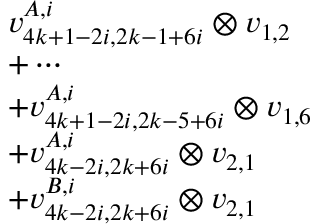
\begin{array} { r l } & { v _ { 4 k + 1 - 2 i , 2 k - 1 + 6 i } ^ { A , i } \otimes v _ { 1 , 2 } } \\ & { + \cdots } \\ & { + v _ { 4 k + 1 - 2 i , 2 k - 5 + 6 i } ^ { A , i } \otimes v _ { 1 , 6 } } \\ & { + v _ { 4 k - 2 i , 2 k + 6 i } ^ { A , i } \otimes v _ { 2 , 1 } } \\ & { + v _ { 4 k - 2 i , 2 k + 6 i } ^ { B , i } \otimes v _ { 2 , 1 } } \end{array}